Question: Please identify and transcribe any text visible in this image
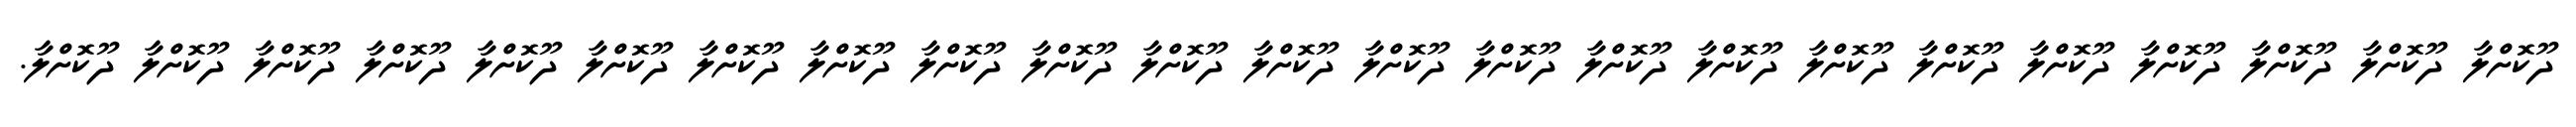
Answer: ދޫކޮށްލާ ދޫކޮށްލާ ދޫކޮށްލާ ދޫކޮށްލާ ދޫކޮށްލާ ދޫކޮށްލާ ދޫކޮށްލާ ދޫކޮށްލާ ދޫކޮށްލާ ދޫކޮށްލާ ދޫކޮށްލާ ދޫކޮށްލާ ދޫކޮށްލާ ދޫކޮށްލާ ދޫކޮށްލާ ދޫކޮށްލާ ދޫކޮށްލާ ދޫކޮށްލާ ދޫކޮށްލާ ދޫކޮށްލާ ދޫކޮށްލާ ދޫކޮށްލާ ދޫކޮށްލާ.